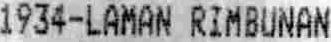
1934-LAMAN RIMBUNAN